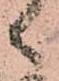
候